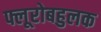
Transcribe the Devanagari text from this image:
फ्लूरोबहुलक